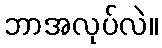
ဘာအလုပ်လဲ။